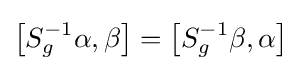
\left[S_{g}^{-1}\alpha ,\beta \right]=\left[S_{g}^{-1}\beta ,\alpha \right]